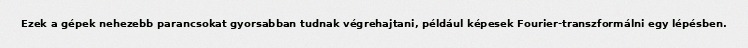
Ezek a gépek nehezebb parancsokat gyorsabban tudnak végrehajtani, például képesek Fourier-transzformálni egy lépésben.